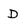
Character: D